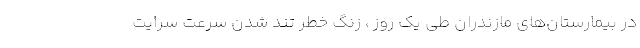
در بیمارستان‌های مازندران طی یک روز ، زنگ خطر تند شدن سرعت سرایت